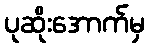
ပုဆိုးအောက်မှ